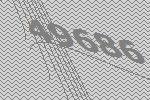
49686